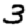
Digit: 3